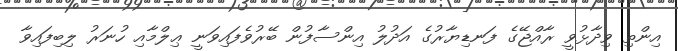
އިންތި ވިދާޅުވީ ރާއްޖޭގެ ފަނޑިޔާރުގެ އަދުލު އިންސާފުން ބޭރުވެފައިވަނީ ޢިލްމާއި ހުނަރު ލިބިފައިވާ